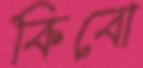
কিবো